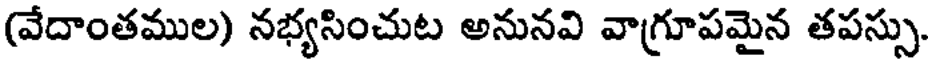
(వేదాంతముల) నభ్యసించుట అనునవి వాగ్రూపమైన తపస్సు.